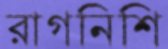
রাগনিশি